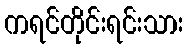
ကရင်တိုင်းရင်းသား